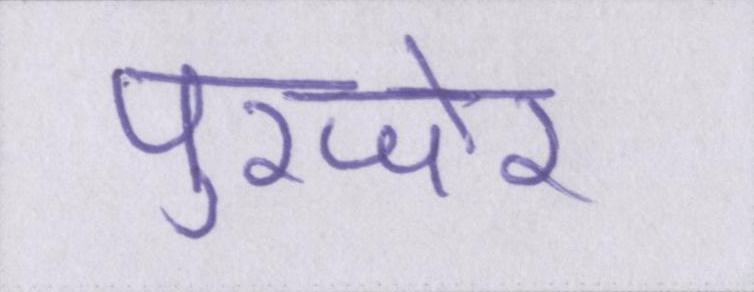
पुरजोर